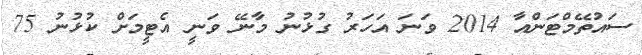
ސައުތޭމްޓަންއާ 2014 ވަނަ އަހަރު ގުޅުނު މާނޭ ވަނީ އެޓީމަށް ކުޅުނު 75